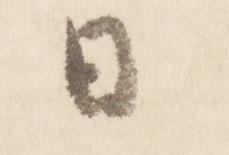
日